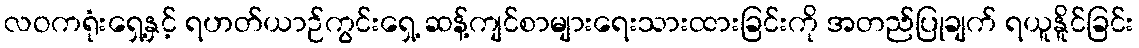
လဝကရုံးရှေ့နှင့် ရဟတ်ယာဉ်ကွင်းရှေ့ ဆန့်ကျင်စာများရေးသားထားခြင်းကို အတည်ပြုချက် ရယူနိူင်ခြင်း